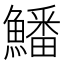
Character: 鱕